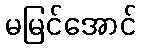
မမြင်အောင်